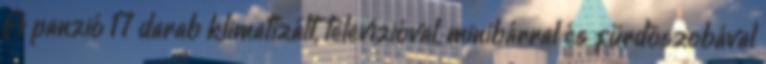
A panzió 17 darab klimatizált, televízióval, minibárral és fürdõszobával